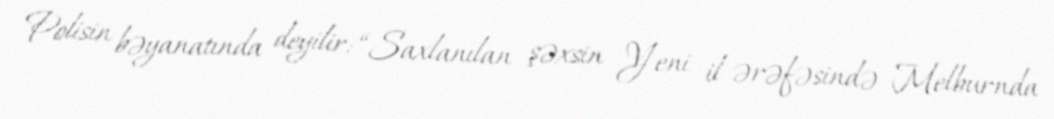
Polisin bəyanatında deyilir: “Saxlanılan şəxsin Yeni il ərəfəsində Melburnda